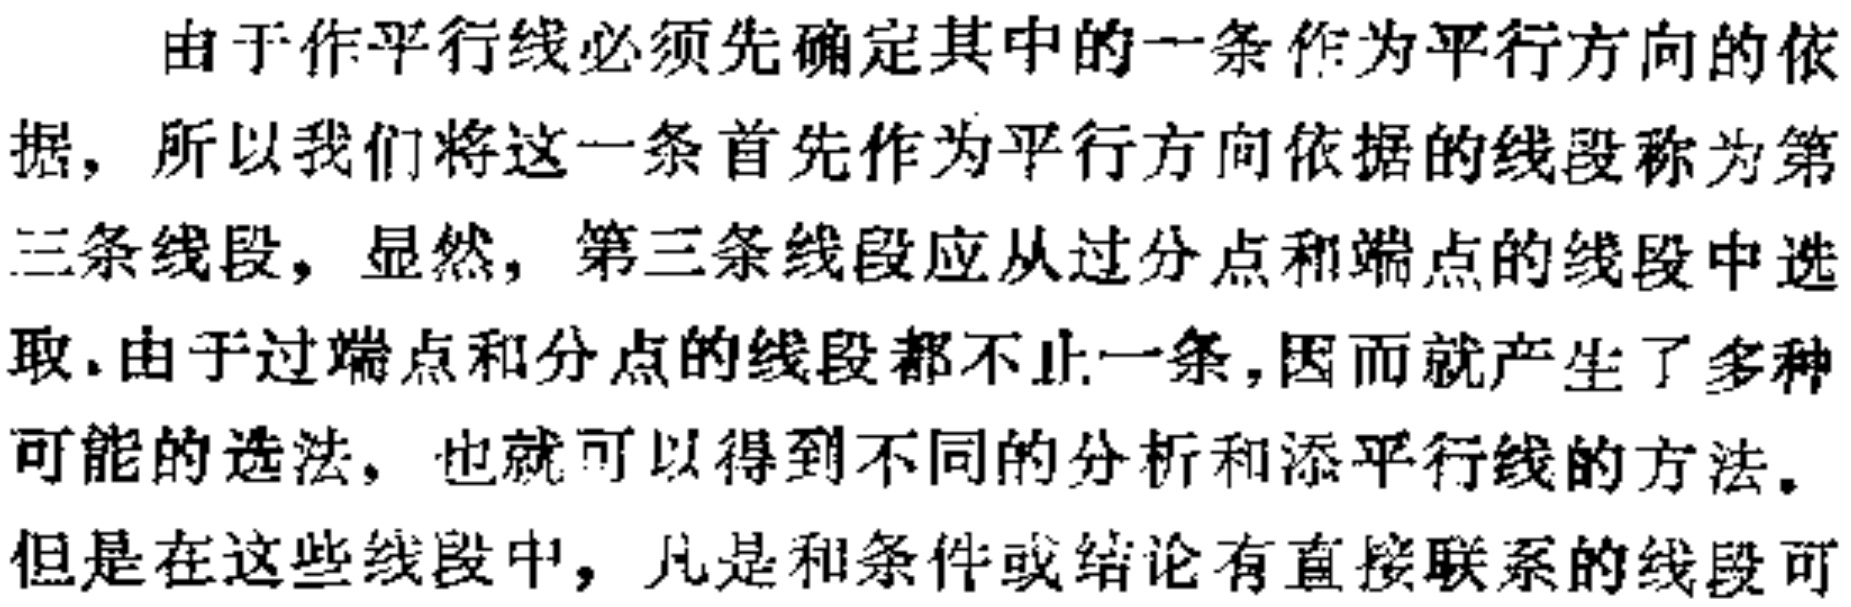
由于作平行线必须先确定其中的一条作为平行方向的依据，所以我们将这一条首先作为平行方向依据的线段称为第三条线段，显然，第三条线段应从过分点和端点的线段中选取.由于过端点和分点的线段都不止一条，因而就产生了多种可能的选法，也就可以得到不同的分析和添平行线的方法。但是在这些线段中，凡是和条件或结论有直接联系的线段可